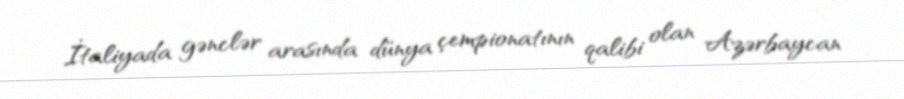
İtaliyada gənclər arasında dünya çempionatının qalibi olan Azərbaycan